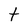
Character: t